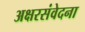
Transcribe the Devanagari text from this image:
अक्षरसंवेदना